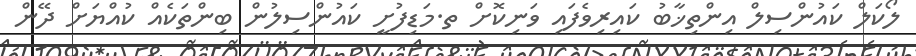
ލޯކަލް ކައުންސިލް އިންތިޚާބު ކައިރިވެފައި ވަނިކޮށް ތ.މަޑިފުށީ ކައުންސިލުން ބިންތަކެއް ކުއްޔަށް ދޭން